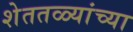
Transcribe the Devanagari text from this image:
शेततळ्यांच्या